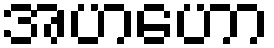
အဟဟော